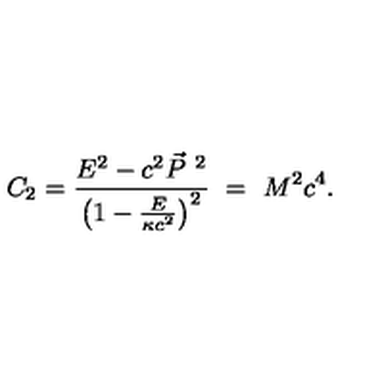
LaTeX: C _ { 2 } = \frac { E ^ { 2 } - c ^ { 2 } \vec { P } ^ { \ 2 } } { \left( 1 - \frac { E } { \kappa c ^ { 2 } } \right) ^ { 2 } } \ = \ M ^ { 2 } c ^ { 4 } .